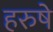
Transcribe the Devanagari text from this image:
हरुषे